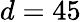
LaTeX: d=45